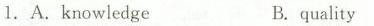
1. A.knowledgeB. quality